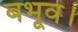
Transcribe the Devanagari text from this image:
बभूव।